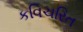
કવિચરિત